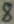
Text: 8